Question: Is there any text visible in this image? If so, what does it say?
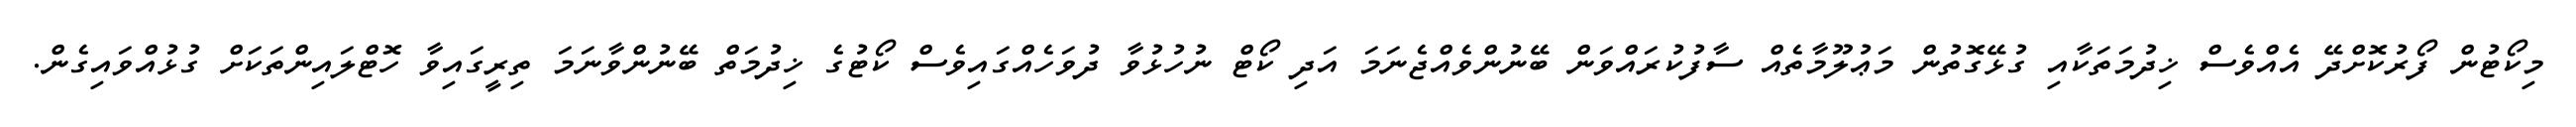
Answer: މިކޯޓުން ފޯރުކޮށްދޭ އެއްވެސް ޚިދުމަތަކާއި ގުޅޭގޮތުން މަޢުލޫމާތެއް ސާފުކުރައްވަން ބޭނުންވެއްޖެނަމަ އަދި ކޯޓް ނުހުޅުވާ ދުވަހެއްގައިވެސް ކޯޓުގެ ޚިދުމަތް ބޭނުންވާނަމަ ތިރީގައިވާ ހޮޓްލައިންތަކަށް ގުޅުއްވައިގެން.